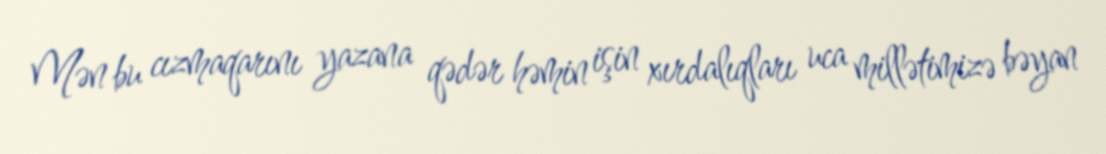
Mən bu cızmaqarını yazana qədər həmin işin xırdalıqları uca millətimizə bəyan